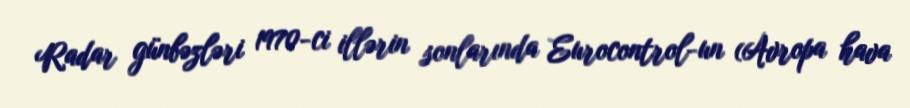
Radar günbəzləri 1970-ci illərin sonlarında Eurocontrol-un (Avropa hava